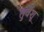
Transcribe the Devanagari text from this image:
तुर्वशू